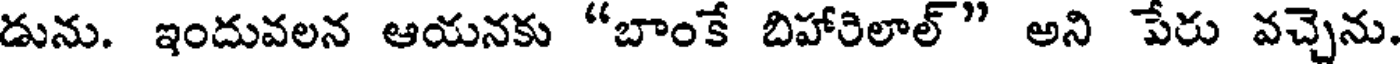
డును. ఇందువలన ఆయనకు "బాంకే బిహారిలాల్" అని పేరు వచ్చెను.